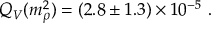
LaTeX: Q _ { V } ( m _ { \rho } ^ { 2 } ) = ( 2 . 8 \pm 1 . 3 ) \times 1 0 ^ { - 5 } \ .